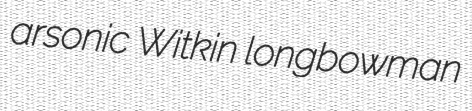
arsonic Witkin longbowman